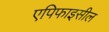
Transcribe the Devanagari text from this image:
एपिफाइसील